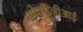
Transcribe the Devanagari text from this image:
ओसीजीआई